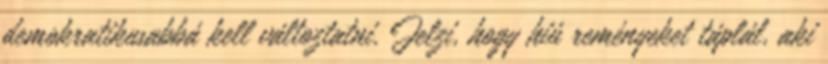
demokratikusabbá kell változtatni. Jelzi, hogy hiú reményeket táplál, aki